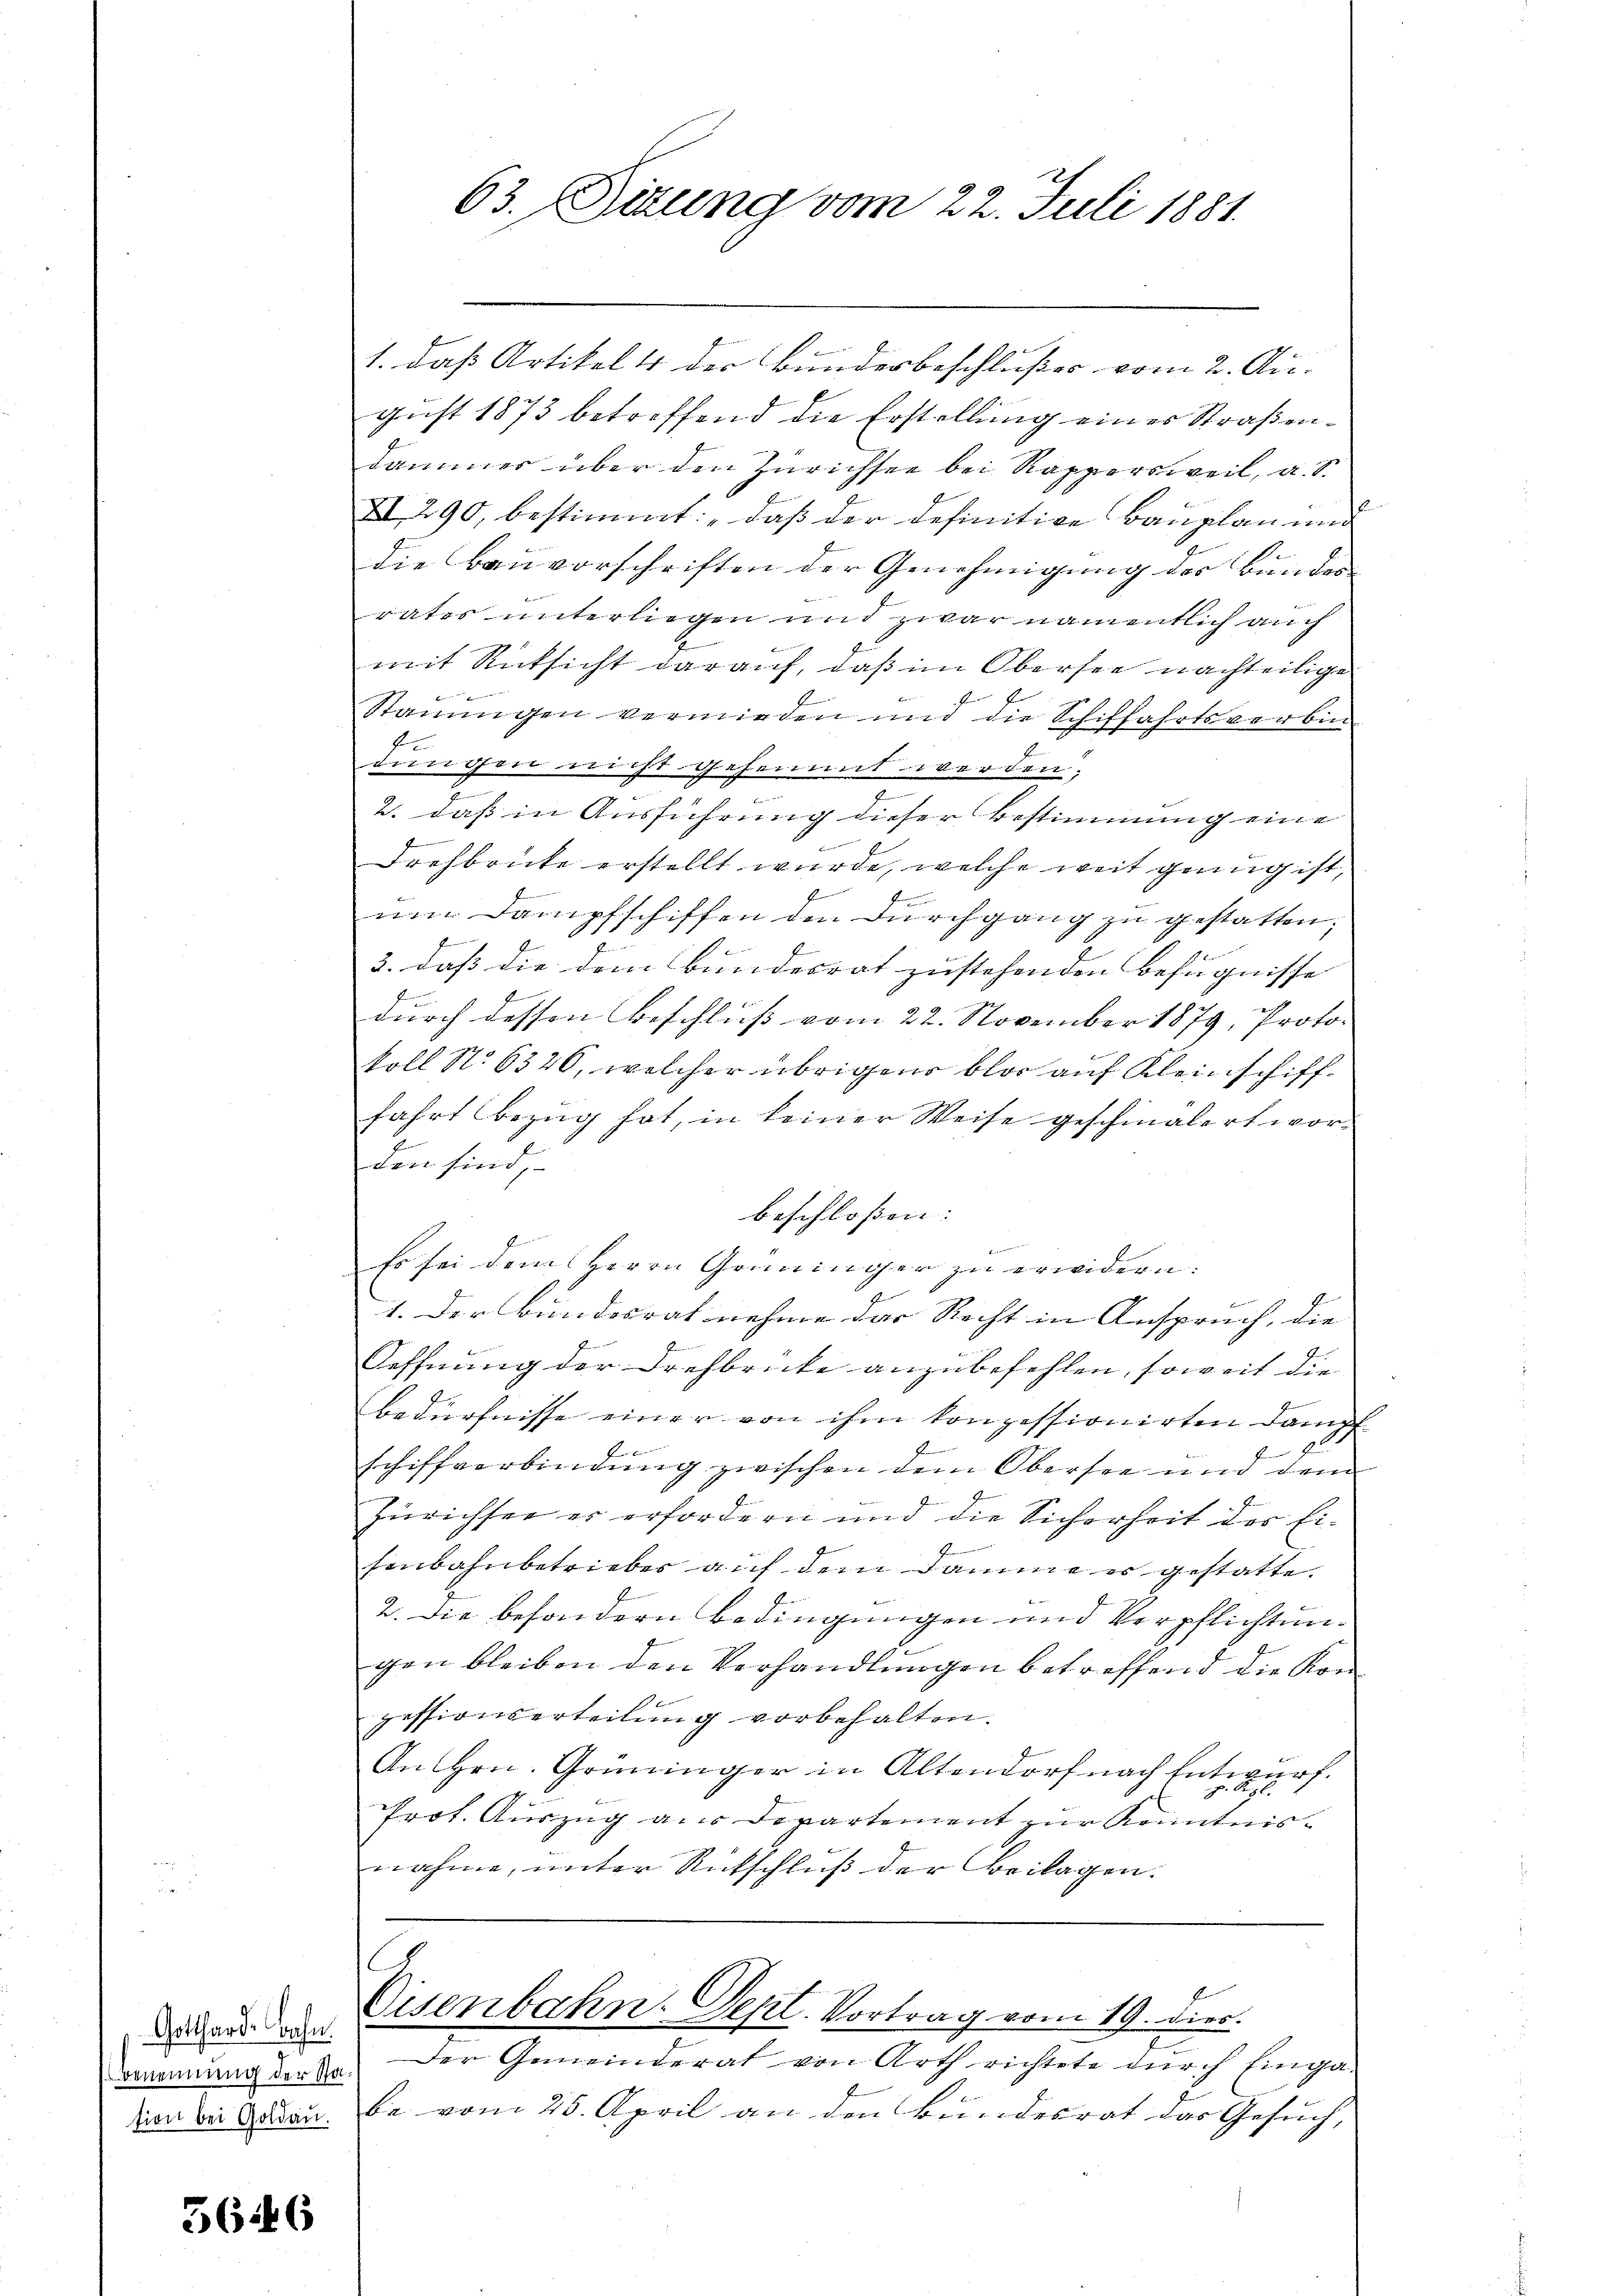
Gotthard-Bahn.
Benennung der Station bei Goldau.

5646

63. Sizung vom 22. Juli 1881.

1. das Artikelt der Bunderbeschlußes vom 2. Au-
gust 1873 betreffend die Erstellung einer Straßendammer über den Zürichsee bei Rappersweil, a. S.
XI 290, bestimmt: „daß der definitive Bauplan und
die Bauvorschriften der Genehmigung der Bunder
rates unterliegen und zwar namentlich auch
mit Rücksicht darauf, daß im Obersee nachteilige
Stauungen verwieden und die Schiffahrtsverbin
f
dinchen nicht gehemmt werden;
7
2. daß in Ausführung dieser Bestimmung eine
F
Drehbrücke erstellt wurde, welche weit genug ist,
f
f
um Dampfschiffen den Durchgang zu gestatten;
f
E
3. daß die dem Bundesrat zustehenden Befugnisse
durch dessen Beschluß vom 22. November 1879, Protokoll No 6326, welcher übrigen blos auf Kleinschifffahrt bezug hat, in keiner Weise geschmälert worden sind
beschloßen:
Es sei dem Herrn Grüninger zu erwidern:
1. Der Bundesrat nehme der Recht in Anspruch, die |
Oeffnung der Drehbrücke anzubefehlen, soweit die
Bedürfnisse einer von ihm konzessionirten Dampf
n
schiffverbindung zwischen dem Obersee und dem
Zürichsee er erfordern und die Sicherheit des Ei-
fenbahnbetrieber auf dem Dämme er gestatte.
2. Die besondern Bedingungen und Verpflichtungen bleiben den Verhandlungen betreffend die Konzessionserteilung vorbehalten.
An Hrn. Grüninger in Altendorf nach Entwurf.
.
2
Prot. Auszug aus Departement zur Kenntnisnahme, unter Rückschluß der Beilagen.

Eisenbahn. Sept. Vortrag vom 19. dies.

Der Gemeinderat von Arth richtete durch Einga-
be vom 28. April an den Bundesrat das Gesuch,